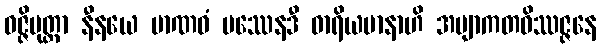
ဝဇ္ဇိပုတ္တာ နီနယေ မာဏဝံ ပဿေနဒီ ဓာရိယမာနာဟိ အဗျာကတဝိဿဇ္ဇနေ